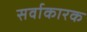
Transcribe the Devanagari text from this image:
सर्वाकारक